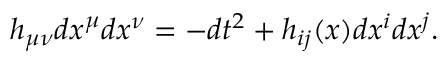
h _ { \mu \nu } d x ^ { \mu } d x ^ { \nu } = - d t ^ { 2 } + h _ { i j } ( x ) d x ^ { i } d x ^ { j } .